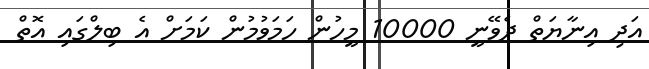
އަދި އިނާޔަތް ދެވޭނީ 10000 މީހުން ހަމަވުމުން ކަމަށް އެ ބިލްގައި އޮތް